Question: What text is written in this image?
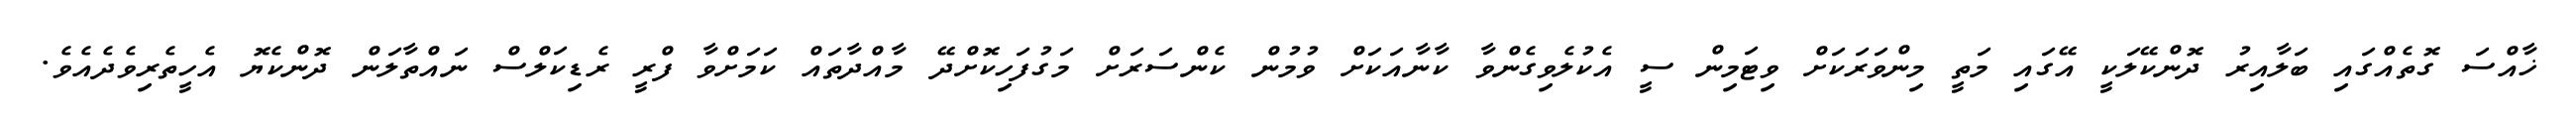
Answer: ޚާއްސަ ގޮތެއްގައި ބަލާއިރު ދޮންކޭލަކީ އޭގައި މަތީ މިންވަރަކަށް ވިޓަމިން ސީ އެކުލެވިގެންވާ ކާނާއަކަށް ވުމުން ކެންސަރަށް މަގުފަހިކޮށްދޭ މާއްދާތައް ކަމަށްވާ ފްރީ ރެޑިކަލްސް ނައްތާލަން ދޮންކެޔޮ އެހީތެރިވެދެއެވެ.